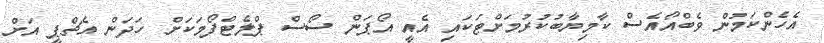
އެހެންކަމުން ވެބްއޯއެސް ކާމިޔާބުކުރުމަށްޓަކައި އެއީ އޯޕަން ސޯސް ޕްލެޓްފޯމަކަށް ހަދަން އެޗްޕީ އަށް